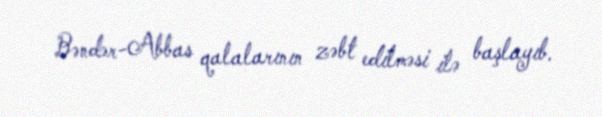
Bəndər-Abbas qalalarının zəbt edilməsi ilə başlayıb.